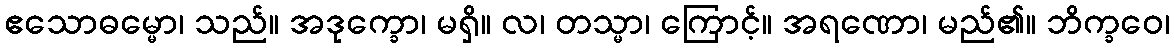
ဧသောဓမ္မော၊ သည်။ အဒုက္ခော၊ မရှိ။ လ၊ တသ္မာ၊ ကြောင့်။ အရဏော၊ မည်၏။ ဘိက္ခဝေ၊